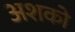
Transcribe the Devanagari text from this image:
अशको